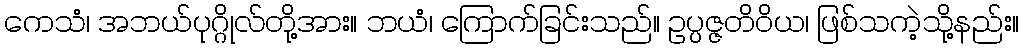
ကေသံ၊ အဘယ်ပုဂ္ဂိုလ်တို့အား။ ဘယံ၊ ကြောက်ခြင်းသည်။ ဥပ္ပဇ္ဇတိဝိယ၊ ဖြစ်သကဲ့သို့နည်း။